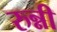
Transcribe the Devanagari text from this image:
रुन्नी